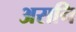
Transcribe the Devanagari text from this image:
असनि